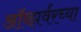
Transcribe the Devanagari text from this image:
ऑब्झर्वरच्या